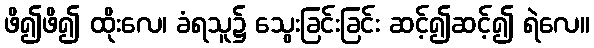
ဖိ၍ဖိ၍ ထိုးလေ၊ ခံရသူ၌ သွေးခြင်းခြင်း ဆင့်၍ဆင့်၍ ရဲလေ။